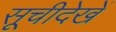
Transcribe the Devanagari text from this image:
सूचीदेखें